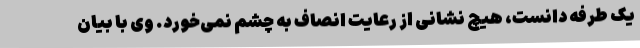
یک طرفه دانست، هیچ نشانی از رعایت انصاف به چشم نمی‌خورد. وی با بیان